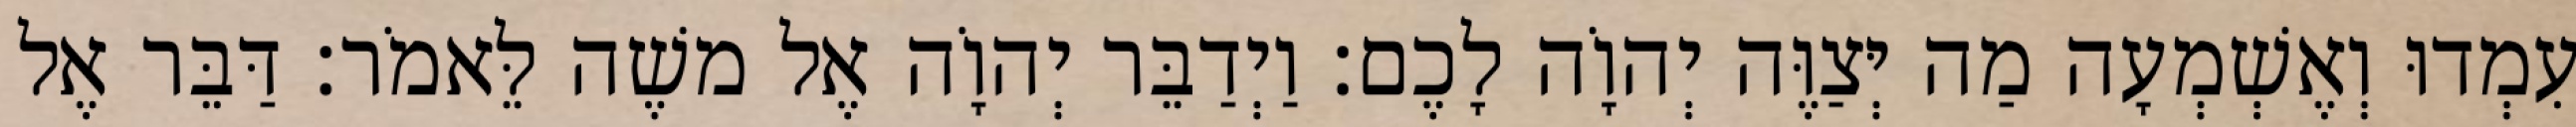
עִמְדוּ וְאֶשְׁמְעָה מַה יְּצַוֶּה יְהוָֹה לָכֶם׃ וַיְדַבֵּר יְהוָֹה אֶל משֶׁה לֵּאמֹר׃ דַּבֵּר אֶל